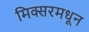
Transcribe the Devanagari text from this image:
मिक्सरमधून